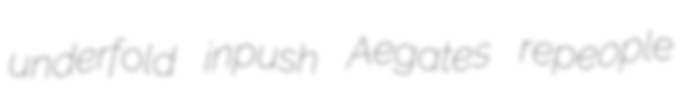
underfold inpush Aegates repeople